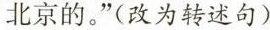
北京的。”(改为转述句)